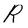
Character: R